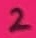
Text: 2